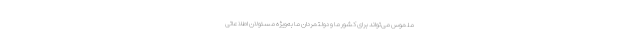
ملموس می‌تواند برای کشور ما و دولتمردان ما به‌ویژه مسئولان اطلاعاتی